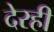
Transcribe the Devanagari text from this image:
देरही